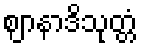
ဈာနာဒိသုတ္တံ